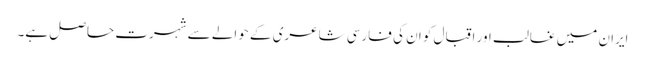
ایران میں غالب اور اقبال کو ان کی فارسی شاعری کے حوالے سے شہرت حاصل ہے۔